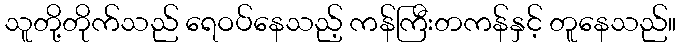
သူတို့တိုက်သည် ရေဝပ်နေသည့် ကန်ကြီးတကန်နှင့် တူနေသည်။